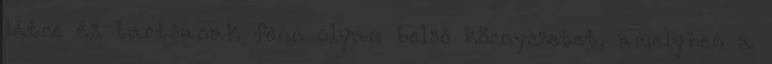
létre és tartsanak fenn olyan belső környezetet, amelyben a